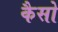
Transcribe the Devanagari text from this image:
कैसो